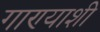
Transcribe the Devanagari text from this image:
गाण्याशी